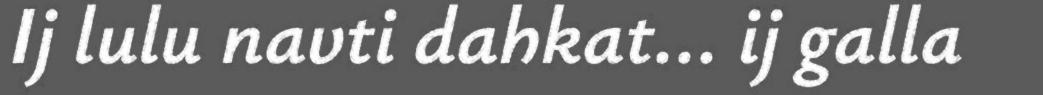
Ij lulu navti dahkat... ij galla